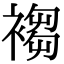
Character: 𧛸